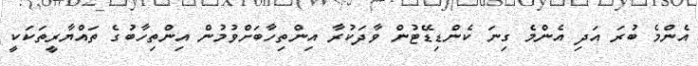
އެންމެ ބުރަ އަދި އެންމެ ގިނަ ކެންޑިޑޭޓުން ވާދަކުރާ އިންތިހާބަށްވުމުން އިންތިހާބުގެ ތައްޔާރީތަކަކީ